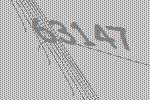
63147